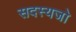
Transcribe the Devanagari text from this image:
सदस्यजो